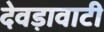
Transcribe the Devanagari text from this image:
देवड़ावाटी